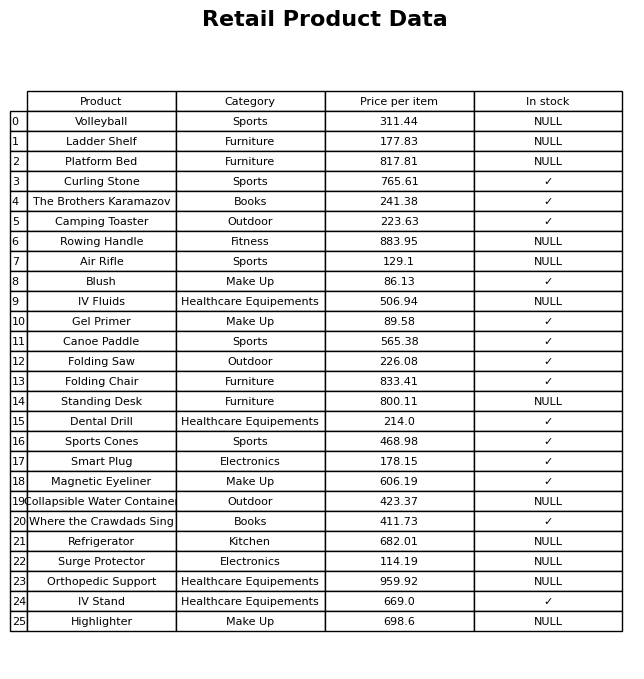
question: What category does the Magnetic Eyeliner belong to?
answer: Make Up